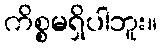
ကိစ္စမရှိပါဘူး။